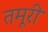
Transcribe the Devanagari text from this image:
तमूरी